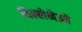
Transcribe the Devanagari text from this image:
विल्लेनेउवे